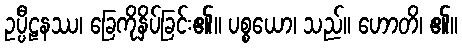
ဥပ္ပီဠနဿ၊ ခြေကိုနှိပ်ခြင်း၏။ ပစ္စယော၊ သည်။ ဟောတိ၊ ၏။